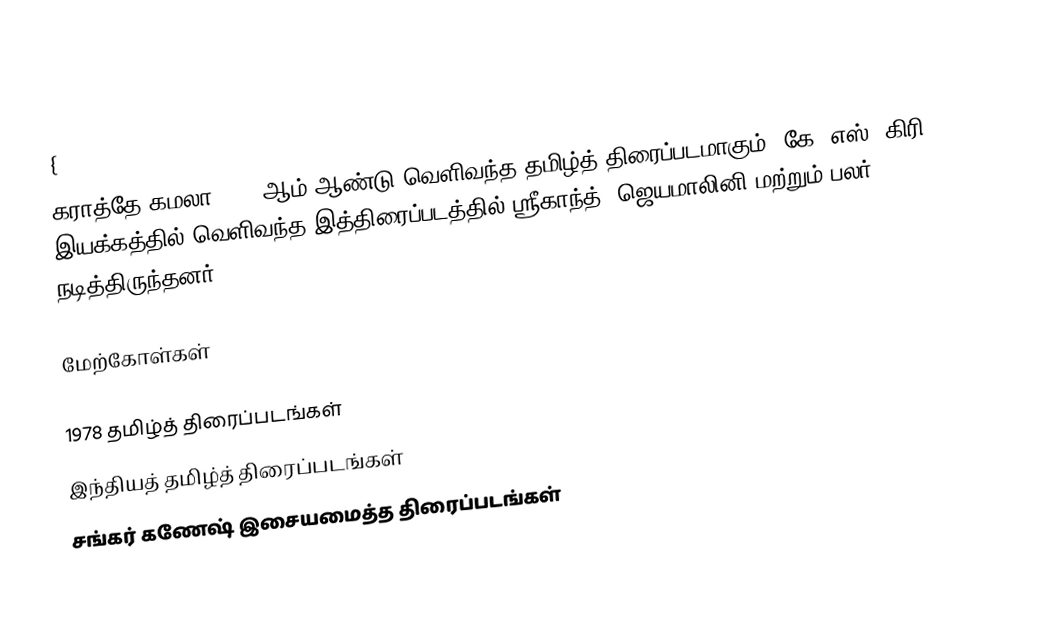
{
கராத்தே கமலா 1978 ஆம் ஆண்டு வெளிவந்த தமிழ்த் திரைப்படமாகும். கே. எஸ். கிரி இயக்கத்தில் வெளிவந்த இத்திரைப்படத்தில் ஸ்ரீகாந்த், ஜெயமாலினி மற்றும் பலர் நடித்திருந்தனர்.

மேற்கோள்கள்

1978 தமிழ்த் திரைப்படங்கள்
இந்தியத் தமிழ்த் திரைப்படங்கள்
சங்கர் கணேஷ் இசையமைத்த திரைப்படங்கள்